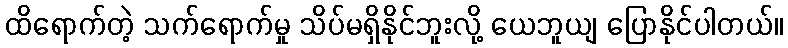
ထိရောက်တဲ့ သက်ရောက်မှု သိပ်မရှိနိုင်ဘူးလို့ ယေဘူယျ ပြောနိုင်ပါတယ်။